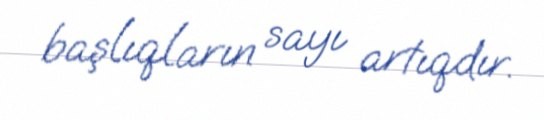
başlıqların sayı artıqdır.